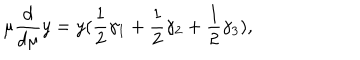
\mu \frac { d } { d \mu } y = y ( \frac 1 2 \gamma _ { 1 } + \frac 1 2 \gamma _ { 2 } + \frac 1 2 \gamma _ { 3 } ) ,